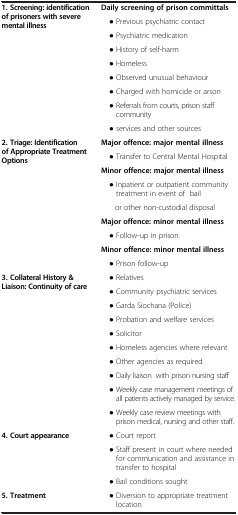
|  |  |
 | --- | --- |
 | <ROWSPAN=9> 1. Screening: identification of prisoners with severe mental illness | Daily screening of prison committals |
 | ● Previous psychiatric contact |
 | ● Psychiatric medication |
 | ● History of self-harm |
 | ● Homeless |
 | ● Observed unusual behaviour |
 | ● Charged with homicide or arson |
 | ● Referrals from courts, prison staff community |
 | ● services and other sources |
 | <ROWSPAN=9> 2. Triage: Identification of Appropriate Treatment Options | Major offence: major mental illness |
 | ● Transfer to Central Mental Hospital |
 | Minor offence: major mental illness |
 | ● Inpatient or outpatient community treatment in event of bail |
 | or other non-custodial disposal |
 | Major offence: minor mental illness |
 | ● Follow-up in prison |
 | Minor offence: minor mental illness |
 | ● Prison follow-up |
 | <ROWSPAN=10> 3. Collateral History & Liaison: Continuity of care | ● Relatives |
 | ● Community psychiatric services |
 | ● Garda Siochana (Police) |
 | ● Probation and welfare services |
 | ● Solicitor |
 | ● Homeless agencies where relevant |
 | ● Other agencies as required |
 | ● Daily liaison with prison nursing staff |
 | ● Weekly case management meetings of all patients actively managed by service. |
 | ● Weekly case review meetings with prison medical, nursing and other staff. |
 | <ROWSPAN=3> 4. Court appearance | ● Court report |
 | ● Staff present in court where needed for communication and assistance in transfer to hospital |
 | ● Bail conditions sought |
 | 5. Treatment | ● Diversion to appropriate treatment location |